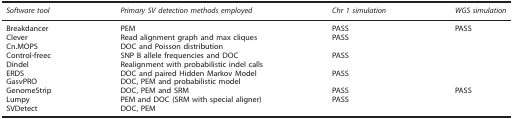
<table><thead><tr><td><b><i>Software tool</i></b></td><td><b><i>Primary SV detection methods employed</i></b></td><td><b><i>Chr 1 simulation</i></b></td><td><b><i>WGS simulation</i></b></td></tr></thead><tbody><tr><td>Breakdancer</td><td>PEM</td><td>PASS</td><td>PASS</td></tr><tr><td>Clever</td><td>Read alignment graph and max cliques</td><td>PASS</td><td> </td></tr><tr><td>Cn.MOPS</td><td>DOC and Poisson distribution</td><td> </td><td> </td></tr><tr><td>Control-freec</td><td>SNP B allele frequencies and DOC</td><td>PASS</td><td> </td></tr><tr><td>Dindel</td><td>Realignment with probabilistic indel calls</td><td> </td><td> </td></tr><tr><td>ERDS</td><td>DOC and paired Hidden Markov Model</td><td>PASS</td><td> </td></tr><tr><td>GasvPRO</td><td>DOC, PEM and probabilistic model</td><td> </td><td> </td></tr><tr><td>GenomeStrip</td><td>DOC, PEM and SRM</td><td>PASS</td><td>PASS</td></tr><tr><td>Lumpy</td><td>PEM and DOC (SRM with special aligner)</td><td>PASS</td><td> </td></tr><tr><td>SVDetect</td><td>DOC, PEM</td><td> </td><td> </td></tr></tbody></table>